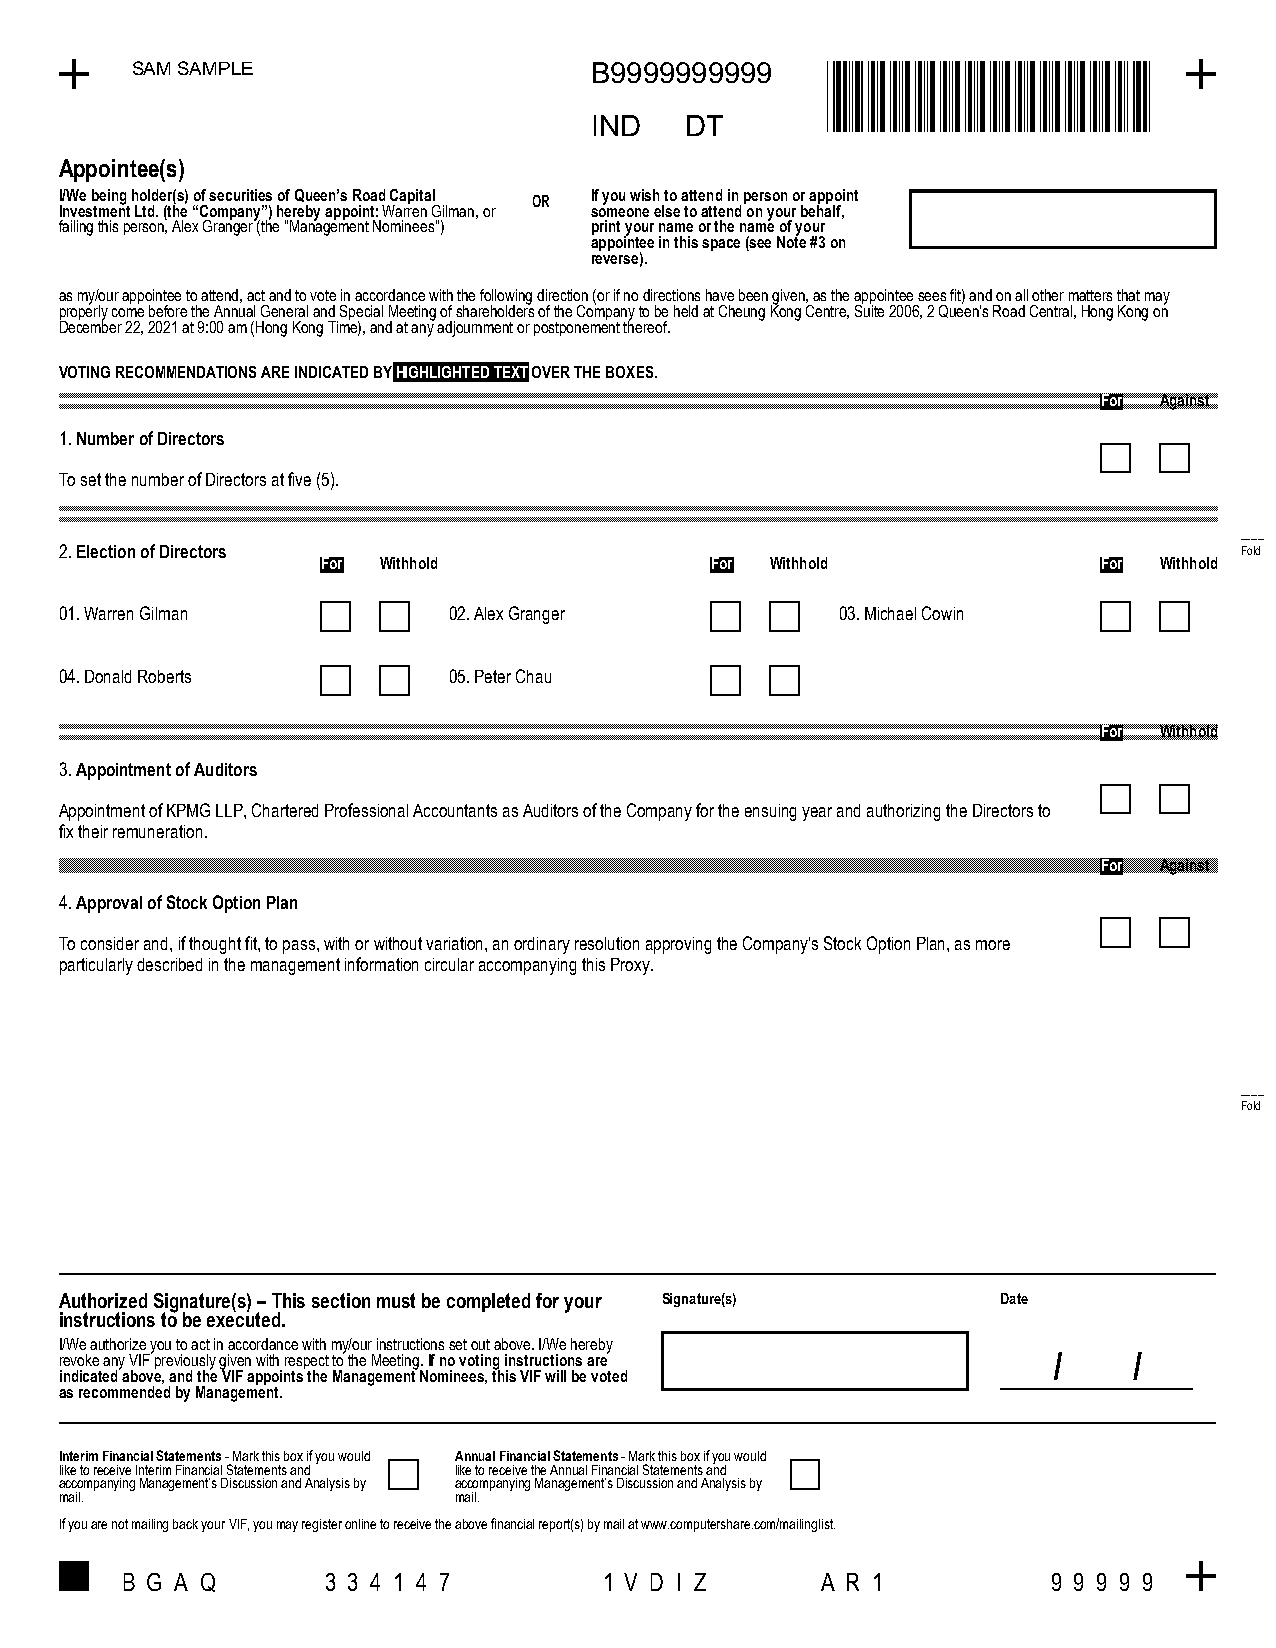
SAM SAMPLE                    B9999999999
 *B9999999999*
 *B9999999999*
 IND   DT
 Appointee(s)
 I/We being holder(s) of securities of Queen’s Road Capital OR If you wish to attend in person or appoint
 Investment Ltd. (the “Company”) hereby appoint: Warren Gilman, or someone else to attend on your behalf,
 failing this person, Alex Granger (the "Management Nominees") print your name or the name of your
 appointee in this space (see Note #3 on
 reverse).
 as my/our appointee to attend, act and to vote in accordance with the following direction (or if no directions have been given, as the appointee sees fit) and on all other matters that may
 properly come before the Annual General and Special Meeting of shareholders of the Company to be held at Cheung Kong Centre, Suite 2006, 2 Queen's Road Central, Hong Kong on
 December 22, 2021 at 9:00 am (Hong Kong Time), and at any adjournment or postponement thereof.
 VOTING RECOMMENDATIONS ARE INDICATED BY HIGHLIGHTED TEXT OVER THE BOXES.
 For Against
 1. Number of Directors
 To set the number of Directors at five (5).
 2. Election of Directors                                                      - F- o-- l- d--
 For Withhold              For Withhold              For Withhold
 01. Warren Gilman         02. Alex Granger          03. Michael Cowin
 04. Donald Roberts        05. Peter Chau
 For Withhold
 3. Appointment of Auditors
 Appointment of KPMG LLP, Chartered Professional Accountants as Auditors of the Company for the ensuing year and authorizing the Directors to
 fix their remuneration.
 For Against
 4. Approval of Stock Option Plan
 To consider and, if thought fit, to pass, with or without variation, an ordinary resolution approving the Company's Stock Option Plan, as more
 particularly described in the management information circular accompanying this Proxy.
 -------
 Fold
 Authorized Signature(s) – This section must be completed for your Signature(s) Date
 instructions to be executed.
 I/We authorize you to act in accordance with my/our instructions set out above. I/We hereby
 revoke any VIF previously given with respect to the Meeting. If no voting instructions are
 indicated above, and the VIF appoints the Management Nominees, this VIF will be voted
 as recommended by Management.
 Interim Financial Statements - Mark this box if you would Annual Financial Statements - Mark this box if you would
 like to receive Interim Financial Statements and like to receive the Annual Financial Statements and
 accompanying Management’s Discussion and Analysis by accompanying Management’s Discussion and Analysis by
 mail.                     mail.
 If you are not mailing back your VIF, you may register online to receive the above financial report(s) by mail at www.computershare.com/mailinglist.
 B G A Q       3 3 4 1 4 7       1 V D I Z     A R 1           9 9 9 9 9